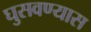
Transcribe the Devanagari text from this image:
घुसवण्यास